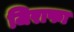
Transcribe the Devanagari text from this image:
जिराफा